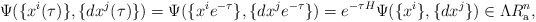
\begin{align*}\Psi(\{ x^i(\tau)\} ,\{ dx^j(\tau)\})=\Psi(\{ x^i e^{-\tau}\} ,\{ dx^j e^{-\tau} \} )=e^{-\tau H}\Psi(\{ x^i \} ,\{ dx^j \} )\in \Lambda R^n_{\rm a},\end{align*}